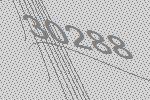
30288